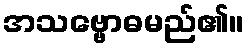
အသဗ္ဗောဓမည်၏။